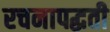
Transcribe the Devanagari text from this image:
रचनापद्धती